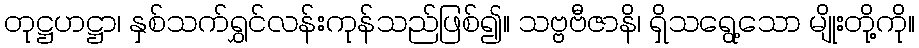
တုဋ္ဌဟဋ္ဌာ၊ နှစ်သက်ရွှင်လန်းကုန်သည်ဖြစ်၍။ သဗ္ဗဗီဇာနိ၊ ရှိသရွေ့သော မျိုးတို့ကို။